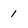
Character: 1